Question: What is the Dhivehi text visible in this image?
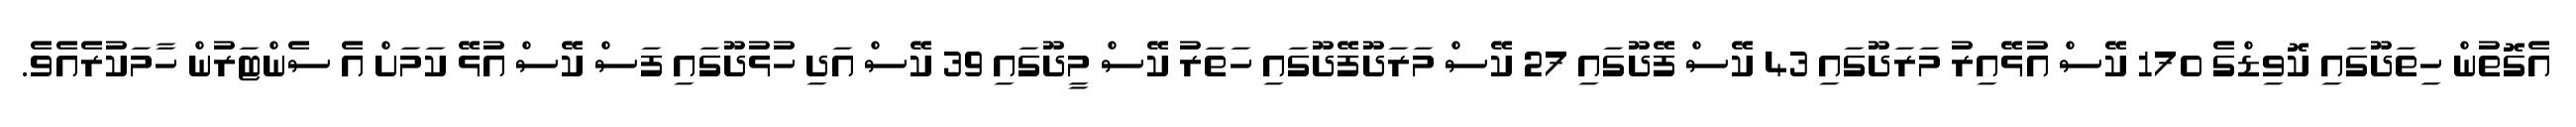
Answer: އެގޮތުން ހިތަދޫގައި ކޮވިޑްގެ 170 ކޭސް އުޅޭއިރު މަރަދޫގައި 43 ކޭސް ފޭދޫގައި 27 ކޭސް މަރަދޫފޭދޫގައި ހަތަރު ކޭސް މީދޫގައި 39 ކޭސް އަދި ހުޅުދޫގައި ފަސް ކޭސް އުޅޭ ކަމަށް އެ ސެންޓަރުން ހާމަކުރެއެވެ.